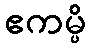
ဧကမ္ပိ